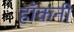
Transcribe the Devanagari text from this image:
हाँकनी